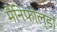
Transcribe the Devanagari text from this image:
मैनिफोल्डों